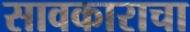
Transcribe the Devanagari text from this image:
सावकाराचा